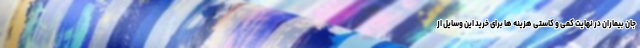
جان بیماران در نهایت کمی و کاستی هزینه ها برای خرید این وسایل از